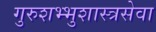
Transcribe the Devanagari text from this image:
गुरुशभ्भुशास्त्रसेवा